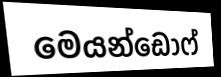
මෙයන්ඩෝෆ්